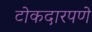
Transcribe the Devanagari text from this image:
टोकदारपणे